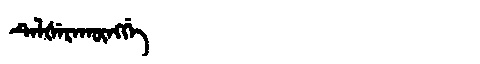
Manchu: ᡨᡝᠯᡧᡝᡵᠠᡴᡡᠩᡤᡝ
Romanization: TELŠERAKŪNGGE